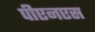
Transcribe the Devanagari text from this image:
पीएनएस